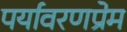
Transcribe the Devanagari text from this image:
पर्यावरणप्रेम